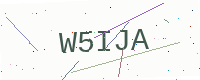
Text: W5IJA